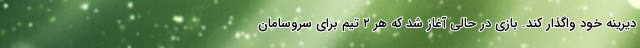
دیرینه خود واگذار کند. بازی در حالی آغاز شد که هر ۲ تیم برای سروسامان